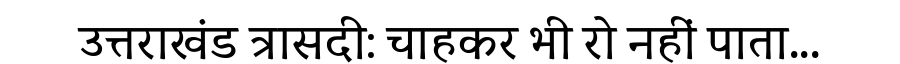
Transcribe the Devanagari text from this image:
उत्तराखंड त्रासदी: चाहकर भी रो नहीं पाता...